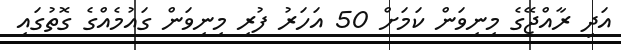
އަދި ރާއްޖޭގެ މިނިވަން ކަމަށް 50 އަހަރު ފުރި މިނިވަން ގައުމެއްގެ ގޮތުގައި